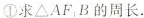
①求ΔAF_{1}B的周长.